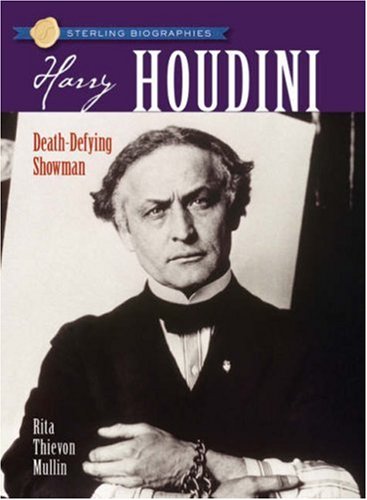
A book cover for Sterling BiographiesÂ®: Harry Houdini: Death-Defying Showman; Rita Thievon Mullin; Children's Books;